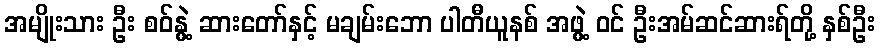
အမျိုးသား ဦး စဝ်နွဲ့ ဆားတော်နှင့် မချမ်းဘော ပါတီယူနစ် အဖွဲ့ ဝင် ဦးအမ်ဆင်ဆားရ်တို့ နှစ်ဦး